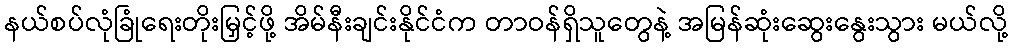
နယ်စပ်လုံခြုံရေးတိုးမြှင့်ဖို့ အိမ်နီးချင်းနိုင်ငံက တာဝန်ရှိသူတွေနဲ့ အမြန်ဆုံးဆွေးနွေးသွား မယ်လို့